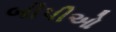
બીપીઓ